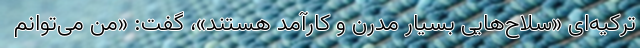
ترکیه‌ای «سلاح‌هایی بسیار مدرن و کارآمد هستند»، گفت: «من می‌توانم